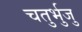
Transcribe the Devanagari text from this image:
चतुर्भुजु